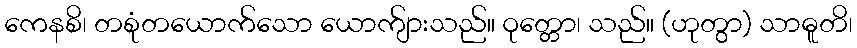
ကေနစိ၊ တစုံတယောက်သော ယောက်ျားသည်။ ဝုတ္တော၊ သည်။ (ဟုတွာ) သာဓူတိ၊